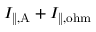
I _ { \mathrm { \| , A } } + I _ { \mathrm { \| , o h m } }